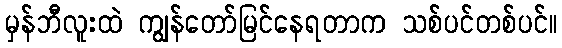
မှန်ဘီလူးထဲ ကျွန်တော်မြင်နေရတာက သစ်ပင်တစ်ပင်။